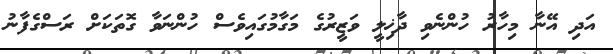
އަދި އޭނާ މިހާރު ހުންނެވި ދާޚިލީ ވަޒީރުގެ މަގާމުގައިވެސް ހުންނަވާ ގޮތަކަށް ރަސްގެފާނު